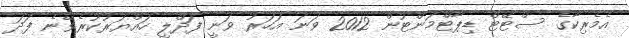
އެމެރިކާގެ ސްޓޭޓް ޑިޕާޓްމަންޓުން 2012 ވަނަ އަހަރު ވަނީ ފަދްލީ ހައްޔަރުކުރެވޭނެ ފަދަ